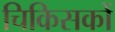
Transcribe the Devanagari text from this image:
चिकिसकों